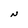
Character: N